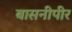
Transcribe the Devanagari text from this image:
बासनीपीर